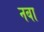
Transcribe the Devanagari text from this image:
नबा